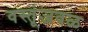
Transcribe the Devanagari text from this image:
वस्तूंजवळ